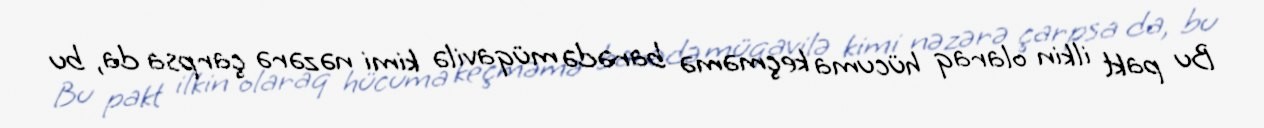
Bu pakt ilkin olaraq hücuma keçməmə barədə müqavilə kimi nəzərə çarpsa da, bu